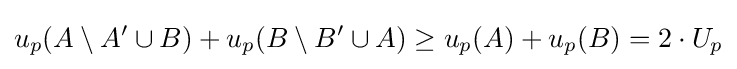
u_{p}(A\setminus A'\cup B)+u_{p}(B\setminus B'\cup A)\geq u_{p}(A)+u_{p}(B)=2\cdot U_{p}